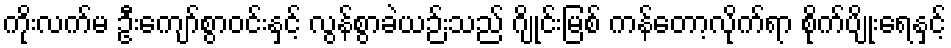
ကိုးလက်မ ဦးကျော်စွာဝင်းနှင့် လွန်စွာခဲယဉ်းသည် ဂျိုင်းမြစ် ကန်တော့လိုက်ရာ စိုက်ပျိုးရေနှင့်